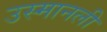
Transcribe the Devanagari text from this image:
उस्मानली